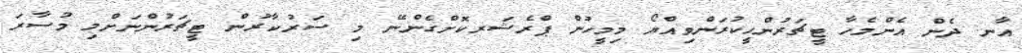
އާނ ދެން އެންމެހާ ޓީޗަރުންހީކުރަންވިއްޔޯ މިމީހުން ޕްރެޝަރކޮށްގެންނޭ މި ސަރުކާރުން ޓީޗަރުންނަށްމި މުސާރަ